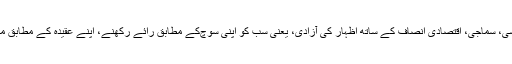
اس میں نہ صرف سیکولرزم کو جگہ دی گئی بلکہ سیاسی، سماجی، اقتصادی انصاف کے ساتھ اظہار کی آزادی، یعنی سب کو اپنی سوچ‌کے مطابق رائے رکھنے، اپنے عقیدہ کے مطابق مذہب پر عمل کرنے اور تجارت کرنے کا آئینی حق ملا۔